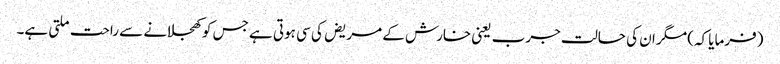
(فرمایا کہ) مگر ان کی حالت جرب یعنی خارش کے مریض کی سی ہوتی ہے جس کو کھجلانے سے راحت ملتی ہے۔